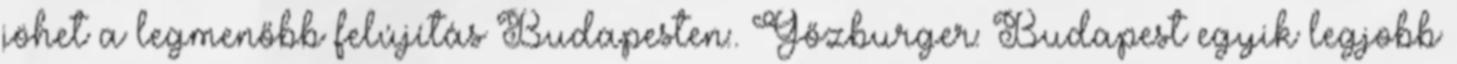
jöhet a legmenőbb felújítás Budapesten:. Gőzburger: Budapest egyik legjobb